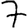
Digit: 7